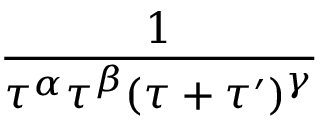
\frac { 1 } { \tau ^ { \alpha } \tau ^ { \beta } ( \tau + \tau ^ { \prime } ) ^ { \gamma } }